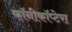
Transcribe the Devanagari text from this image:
फॉनीकॉप्टेरा